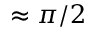
\approx \pi / 2